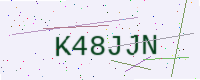
Text: K48JJN